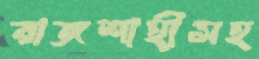
রাজশাহীসহ